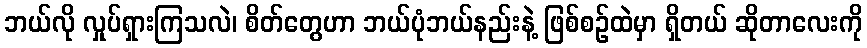
ဘယ်လို လှုပ်ရှားကြသလဲ၊ စိတ်တွေဟာ ဘယ်ပုံဘယ်နည်းနဲ့ ဖြစ်စဉ်ထဲမှာ ရှိတယ် ဆိုတာလေးကို